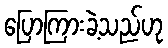
ပြောကြားခဲ့သည်ဟု